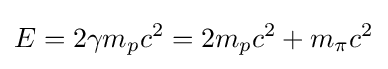
E=2\gamma m_{p}c^{2}=2m_{p}c^{2}+m_{\pi }c^{2}